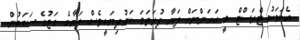
އެކަމަކު ޓްރަސްޓް މީ އަހަންނަށް ލަޔާ ފުރަތަމަ ކަމުދިޔައީވެސް ލަޔާގެ ގަޓުގެ ސަބަބުން.